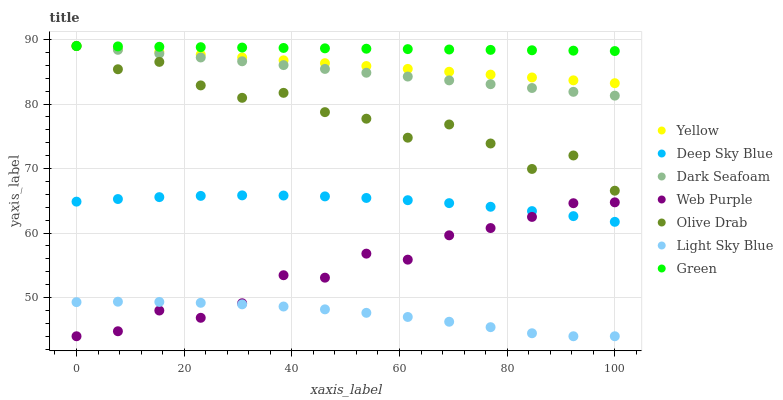
| xaxis_label | Yellow | Deep Sky Blue | Dark Seafoam | Web Purple | Olive Drab | Light Sky Blue | Green |
 | --- | --- | --- | --- | --- | --- | --- | --- |
 | 0 | 89 | 64.9 | 89 | 44 | 89 | 49.3 | 89 |
 | 7.69 | 88.6 | 65.3 | 88.4 | 44.8 | 85.4 | 49.4 | 88.9 |
 | 15.4 | 88.1 | 65.6 | 87.8 | 48 | 86.5 | 49.3 | 88.9 |
 | 23.1 | 87.7 | 65.8 | 87.2 | 46.9 | 82.9 | 49.2 | 88.8 |
 | 30.8 | 87.2 | 65.8 | 86.6 | 49.1 | 81 | 48.9 | 88.8 |
 | 38.5 | 86.8 | 65.8 | 86 | 53.5 | 81.7 | 48.6 | 88.7 |
 | 46.2 | 86.3 | 65.7 | 85.4 | 53.1 | 78.7 | 48.2 | 88.6 |
 | 53.8 | 85.9 | 65.4 | 84.9 | 56.8 | 77.7 | 47.6 | 88.6 |
 | 61.5 | 85.5 | 65.1 | 84.3 | 55.9 | 74.8 | 47 | 88.5 |
 | 69.2 | 85 | 64.6 | 83.7 | 59.6 | 76.8 | 46.2 | 88.5 |
 | 76.9 | 84.6 | 64.1 | 83.1 | 60.8 | 73.9 | 45.4 | 88.4 |
 | 84.6 | 84.1 | 63.4 | 82.5 | 62.5 | 69.9 | 44.5 | 88.3 |
 | 92.3 | 83.7 | 62.6 | 81.9 | 64.6 | 72 | 44 | 88.3 |
 | 100 | 83.2 | 61.7 | 81.3 | 64.8 | 66.6 | 44 | 88.2 |